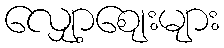
လျှော့ဈေးများ